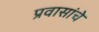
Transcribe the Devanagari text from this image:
प्रवासांचे